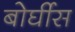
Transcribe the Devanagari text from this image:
बोर्घीस